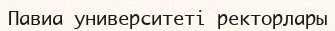
Павиа университеті ректорлары